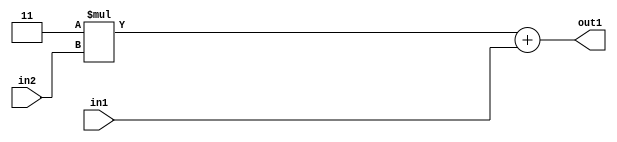
`timescale 1ps / 1ps
/*****************************************************************************
    Verilog RTL Description
    
    
    Created by: Stratus DpOpt 2019.1.01 
*******************************************************************************/

module SobelFilter_Add2u2Mul2i3u2_4 (
	in2,
	in1,
	out1
	); /* architecture "behavioural" */ 
input [1:0] in2,
	in1;
output [3:0] out1;
wire [3:0] asc001;

wire [3:0] asc001_tmp_0;
assign asc001_tmp_0 = 
	+(4'B0011 * in2);
assign asc001 = asc001_tmp_0
	+(in1);

assign out1 = asc001;
endmodule

/* CADENCE  ubfxTQw= : u9/ySgnWtBlWxVPRXgAZ4Og= ** DO NOT EDIT THIS LINE ******/